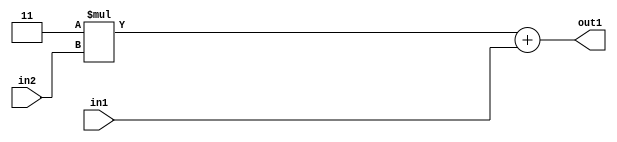
`timescale 1ps / 1ps
/*****************************************************************************
    Verilog RTL Description
    
    
    Created by: Stratus DpOpt 2019.1.01 
*******************************************************************************/

module SobelFilter_Add2u2Mul2i3u2_4 (
	in2,
	in1,
	out1
	); /* architecture "behavioural" */ 
input [1:0] in2,
	in1;
output [3:0] out1;
wire [3:0] asc001;

wire [3:0] asc001_tmp_0;
assign asc001_tmp_0 = 
	+(4'B0011 * in2);
assign asc001 = asc001_tmp_0
	+(in1);

assign out1 = asc001;
endmodule

/* CADENCE  ubfxTQw= : u9/ySgnWtBlWxVPRXgAZ4Og= ** DO NOT EDIT THIS LINE ******/